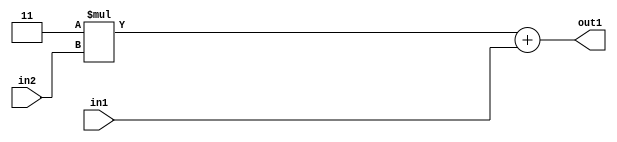
`timescale 1ps / 1ps
/*****************************************************************************
    Verilog RTL Description
    
    
    Created by: Stratus DpOpt 2019.1.01 
*******************************************************************************/

module SobelFilter_Add2u2Mul2i3u2_4 (
	in2,
	in1,
	out1
	); /* architecture "behavioural" */ 
input [1:0] in2,
	in1;
output [3:0] out1;
wire [3:0] asc001;

wire [3:0] asc001_tmp_0;
assign asc001_tmp_0 = 
	+(4'B0011 * in2);
assign asc001 = asc001_tmp_0
	+(in1);

assign out1 = asc001;
endmodule

/* CADENCE  ubfxTQw= : u9/ySgnWtBlWxVPRXgAZ4Og= ** DO NOT EDIT THIS LINE ******/